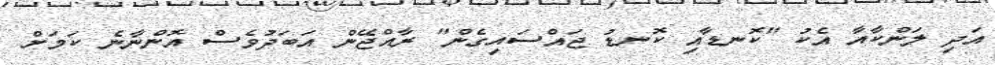
އަދި ލަންކާއާ އެކު "ކޮނޑާއި ކޮނޑު ޖައްސައިގެން" ރާއްޖޭން އަބަދުވެސް އޮންނާނެ ކަމަށް